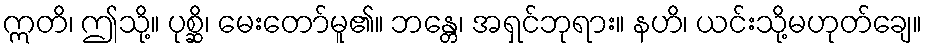
ဣတိ၊ ဤသို့။ ပုစ္ဆိ၊ မေးတော်မူ၏။ ဘန္တေ၊ အရှင်ဘုရား။ နဟိ၊ ယင်းသို့မဟုတ်ချေ။